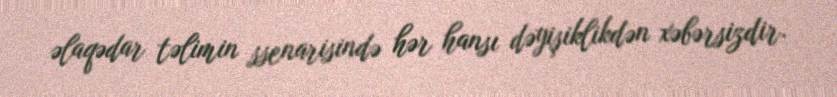
əlaqədar təlimin ssenarisində hər hansı dəyişiklikdən xəbərsizdir.